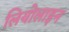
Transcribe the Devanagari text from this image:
लियोलाइन